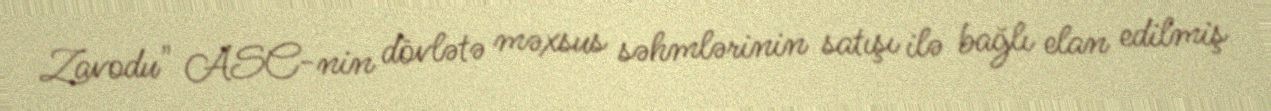
Zavodu" ASC-nin dövlətə məxsus səhmlərinin satışı ilə bağlı elan edilmiş